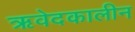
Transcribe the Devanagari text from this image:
ऋवेदकालीन